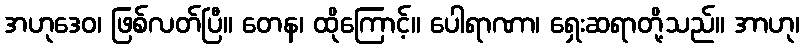
အဟုဒေဝ၊ ဖြစ်လတ်ပြီ။ တေန၊ ထိုကြောင့်။ ပေါရာဏာ၊ ရှေးဆရာတို့သည်။ အာဟု၊